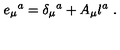
e _ { \mu } { } ^ { a } = \delta _ { \mu } { } ^ { a } + A _ { \mu } l ^ { a } \ .